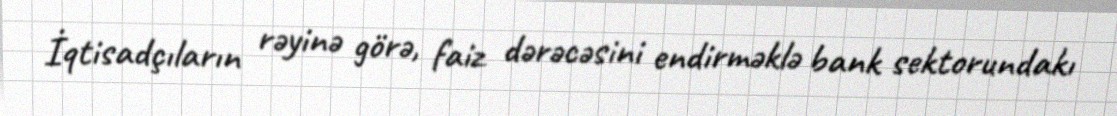
İqtisadçıların rəyinə görə, faiz dərəcəsini endirməklə bank sektorundakı